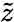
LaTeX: \tilde{z}